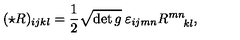
( \star R ) _ { i j k l } = { \frac { 1 } { 2 } } \sqrt { \det g } \: \varepsilon _ { i j m n } R _ { \: \: \: \: \: \: k l } ^ { m n } ,